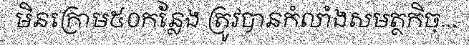
មិនក្រោម៥០កន្លែង ត្រូវបានកំលាំងសមត្ថកិច្...